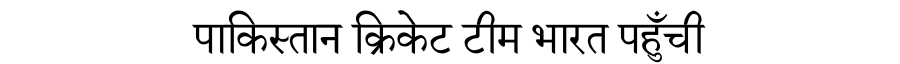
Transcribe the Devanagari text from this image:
पाकिस्तान क्रिकेट टीम भारत पहुँची